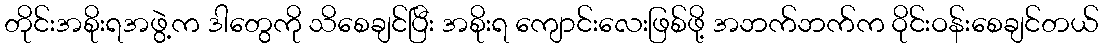
တိုင်းအစိုးရအဖွဲ့က ဒါတွေကို သိစေချင်ပြီး အစိုးရ ကျောင်းလေးဖြစ်ဖို့ အဘက်ဘက်က ဝိုင်းဝန်းစေချင်တယ်